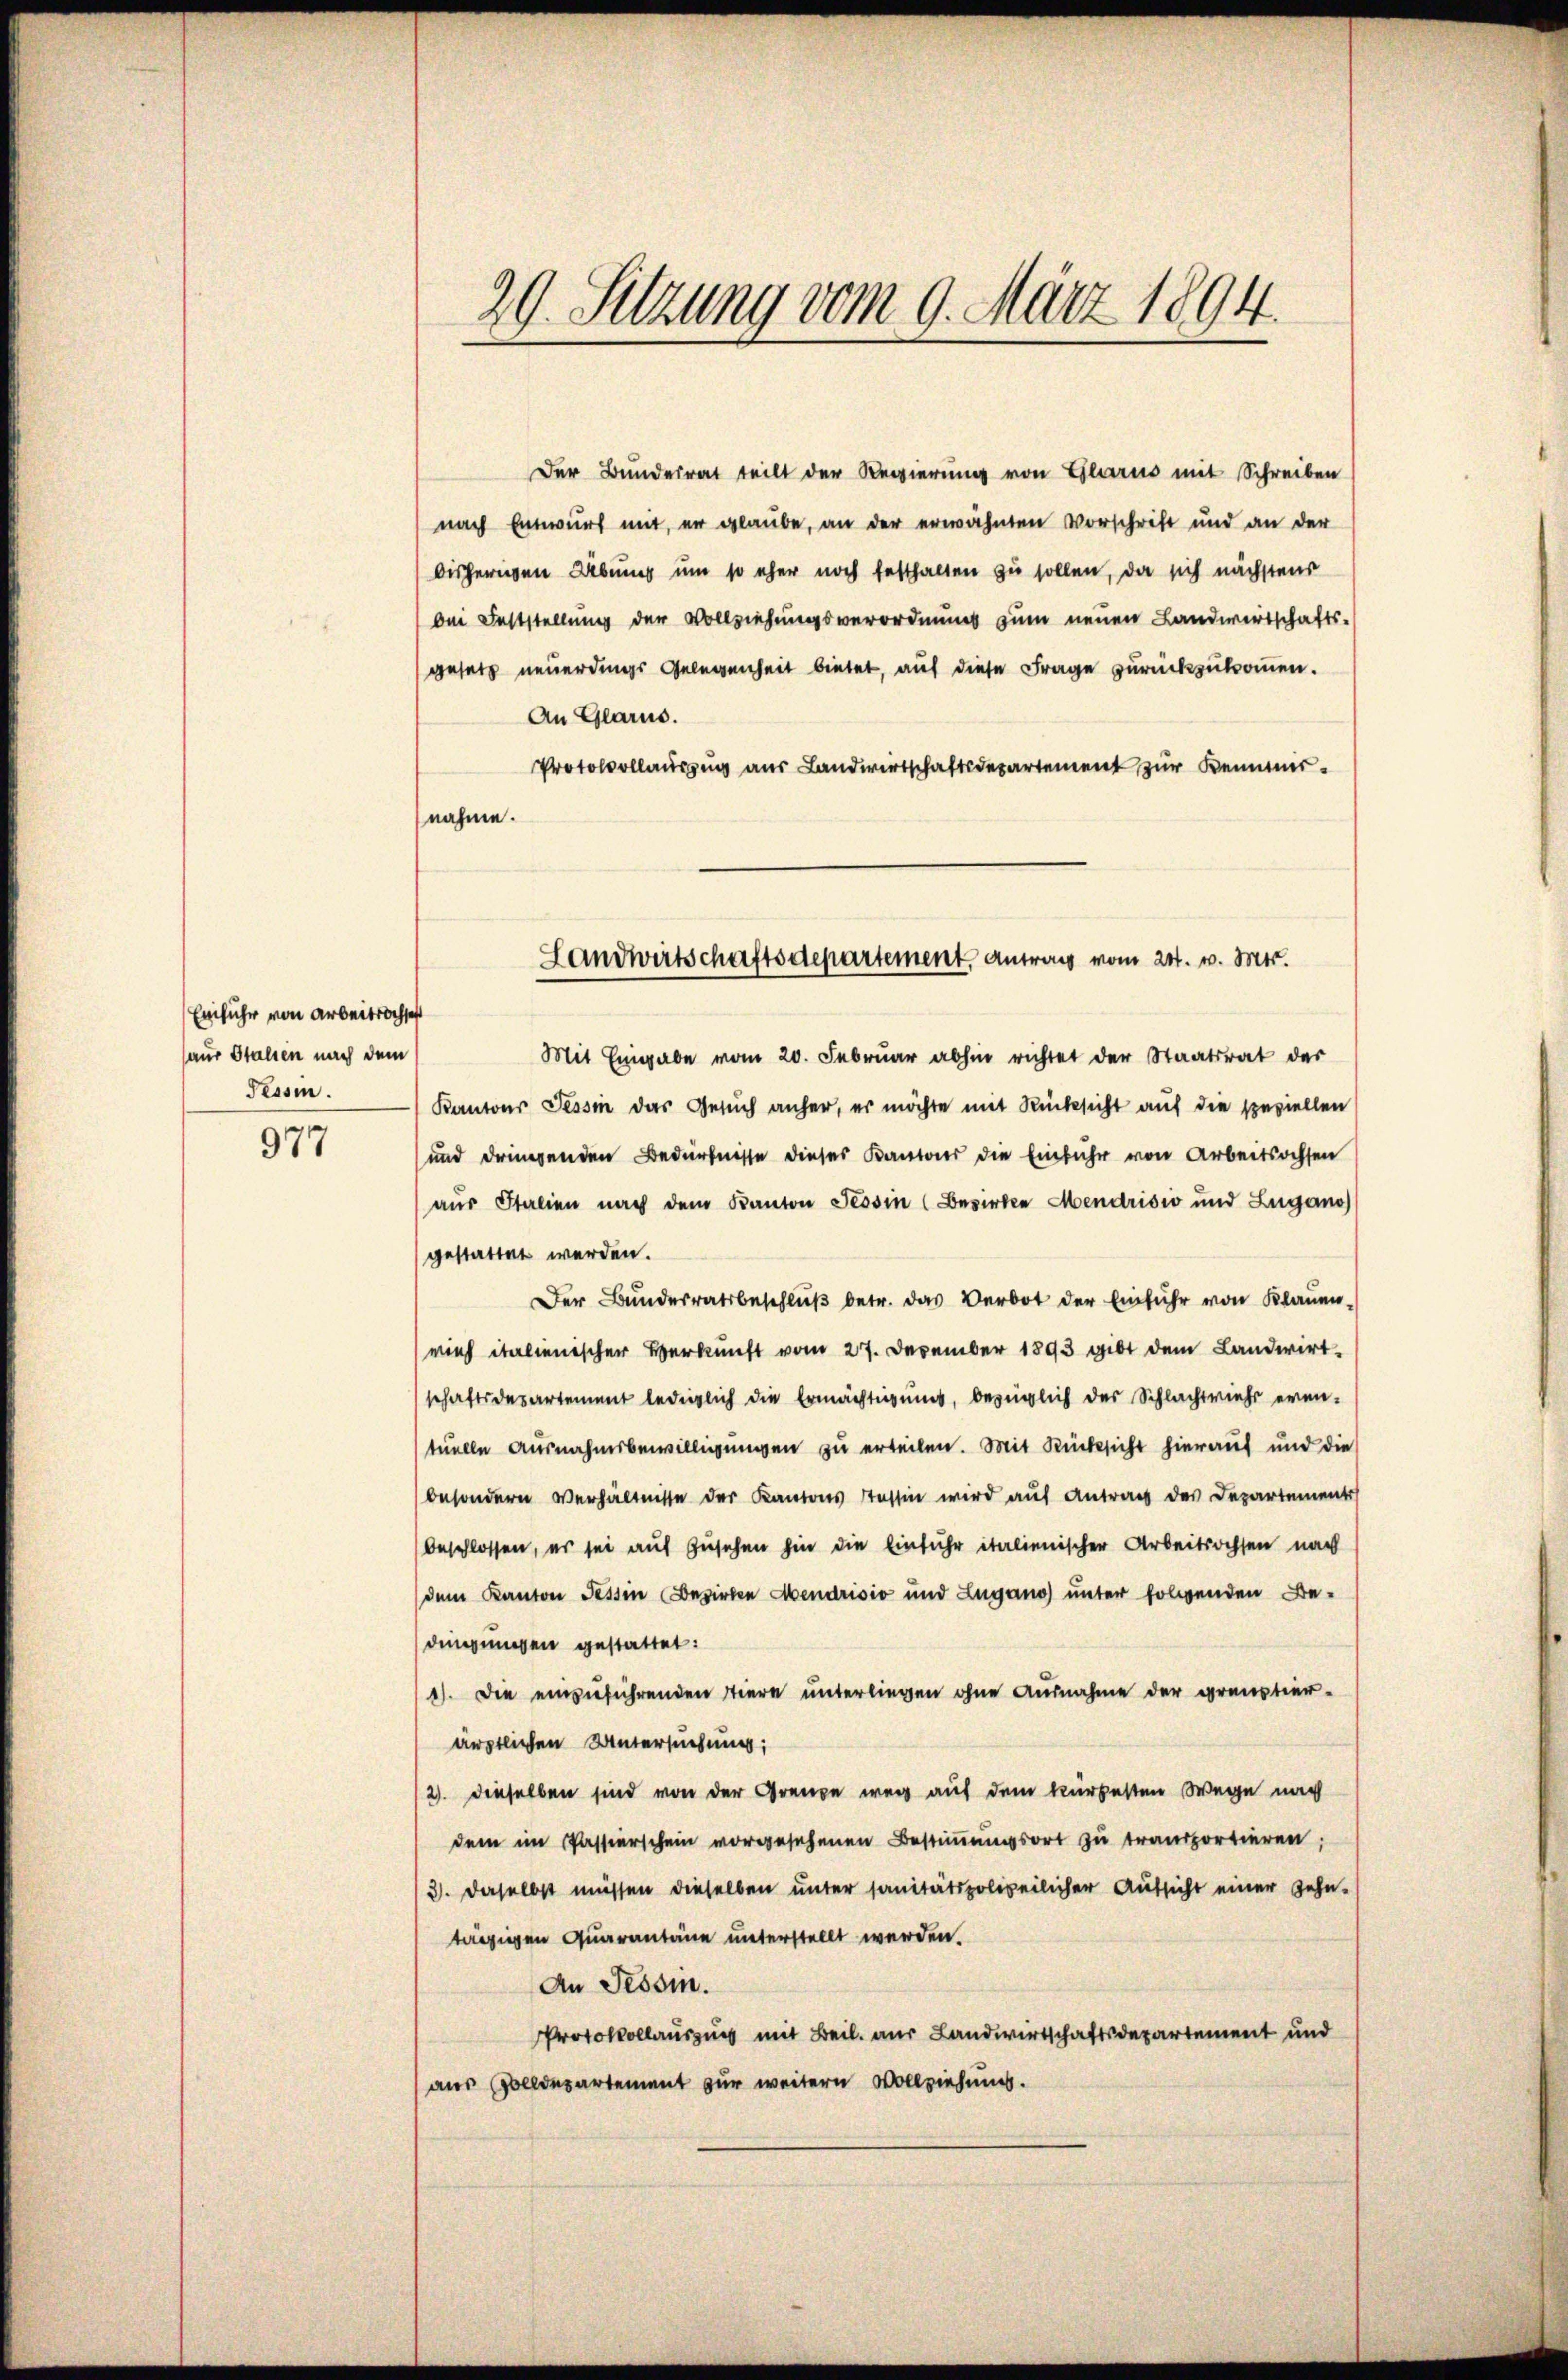
Einfuhr von Arbeitschaft
saur Italien nach dem
Tessin.

977

29. Sitzung vom 9. März 1894.

Der Bundesrat teilt der Regierung von Glarus mit Schreiben
nach Entwurf mit, er glaube, an der erwähnten Vorschrift und an der
bisherigen Übung um so eher noch festhalten zu sollen, da sich nächstens
bei Feststellung der Vollziehungsverordnungs zum neuen Landwirtschafts-
gesetz neuerdings Gelegenheit bietet, auf diese Frage zurückzukommen.
An Glarus.
Protokollaŭszŭg aŭs Landwirtschaftsdepartement zur Kemnirnahme.
Mit Eingabe vom 20. Februar abhin richtet der Staatsrat der
Kantons Tessin das Gesuch anher, er möchte mit Rücksicht auf die speziellen
und dringenden Bedürfnisse dieses Kantons die Einführ von Arbeitsochsen
aus Italien nach dem Kanton Tessin (Bezirke Mendrisio und Zugano
gestattet werden.
Der Bundesratsbeschlŭβ betr. das Verbot der Einführ von Klauen,
rieh italienischer Verkunft vom 27. Dezember 1893 gibt dem Landwirtschaftsdesartement lediglich die Ermächtigung, bezüglich der Schlachtviehs erin-
tuelle Ausnahmsbewilligungen zu erteilen. Mit Rücksicht hierauf und die
besondern Verhältnisse der Kantons Tessin wird auf Antrag des Departement
beschlossen, es sei auf Zusehen hin die Einfuhr italienischer Arbeitsochsen nach
dem Kanton Tessin Besirten Abendrisio und Lugano unter folgenden Bedingungen gestattet:
1). Die einzuführenden Tiere unterliegen ohne Ausnahme der graustier-
ärztlichen Untersuchung;
2. dieselben sind von der Grenze weg auf dem kürzesten Wege nach
dem im Passierschein vorgesehenen Bestimmungsort zu transportieren;
3. daselbst müssen dieselben unter sanitätspolizeilicher Aufsicht einer Zehn-
tägigen Quarantane unterstellt werden.
An Tessin.
Protokollauszug mit Beil. aus Landwirtschaftsdepartement und
aus Zolldepartement zur weitern Vollziehung.

Landwirtschaftsdepartement, Antrag vom 24. v. Mts.